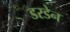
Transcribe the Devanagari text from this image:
डरडेन